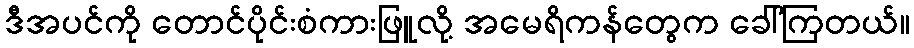
ဒီအပင်ကို တောင်ပိုင်းစံကားဖြူလို့ အမေရိကန်တွေက ခေါ်ကြတယ်။